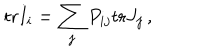
LaTeX: \mathrm { t r } I _ { i } = \sum _ { j } P _ { i j } \mathrm { t r } J _ { j } \, ,